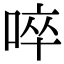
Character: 啐